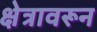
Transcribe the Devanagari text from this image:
क्षेत्रावरून